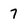
Character: 7